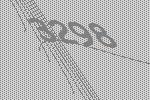
3298